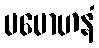
ပမောဟနံ